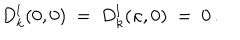
D _ { k } ^ { l } ( 0 , 0 ) \ = \ D _ { k } ^ { l } ( \kappa , 0 ) \ = \ 0 \, .